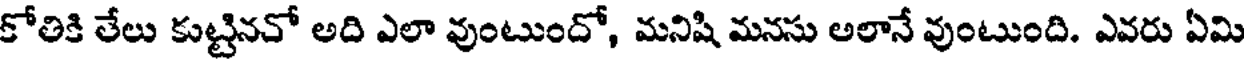
కోతికి తేలు కుట్టినచో అది ఎలా వుంటుందో, మనిషి మనసు అలానే వుంటుంది. ఎవరు ఏమి